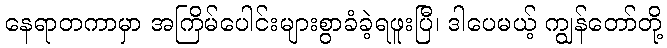
နေရာတကာမှာ အကြိမ်ပေါင်းများစွာခံခဲ့ရဖူးပြီ၊ ဒါပေမယ့် ကျွန်တော်တို့